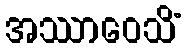
အဿာဝေသိံ